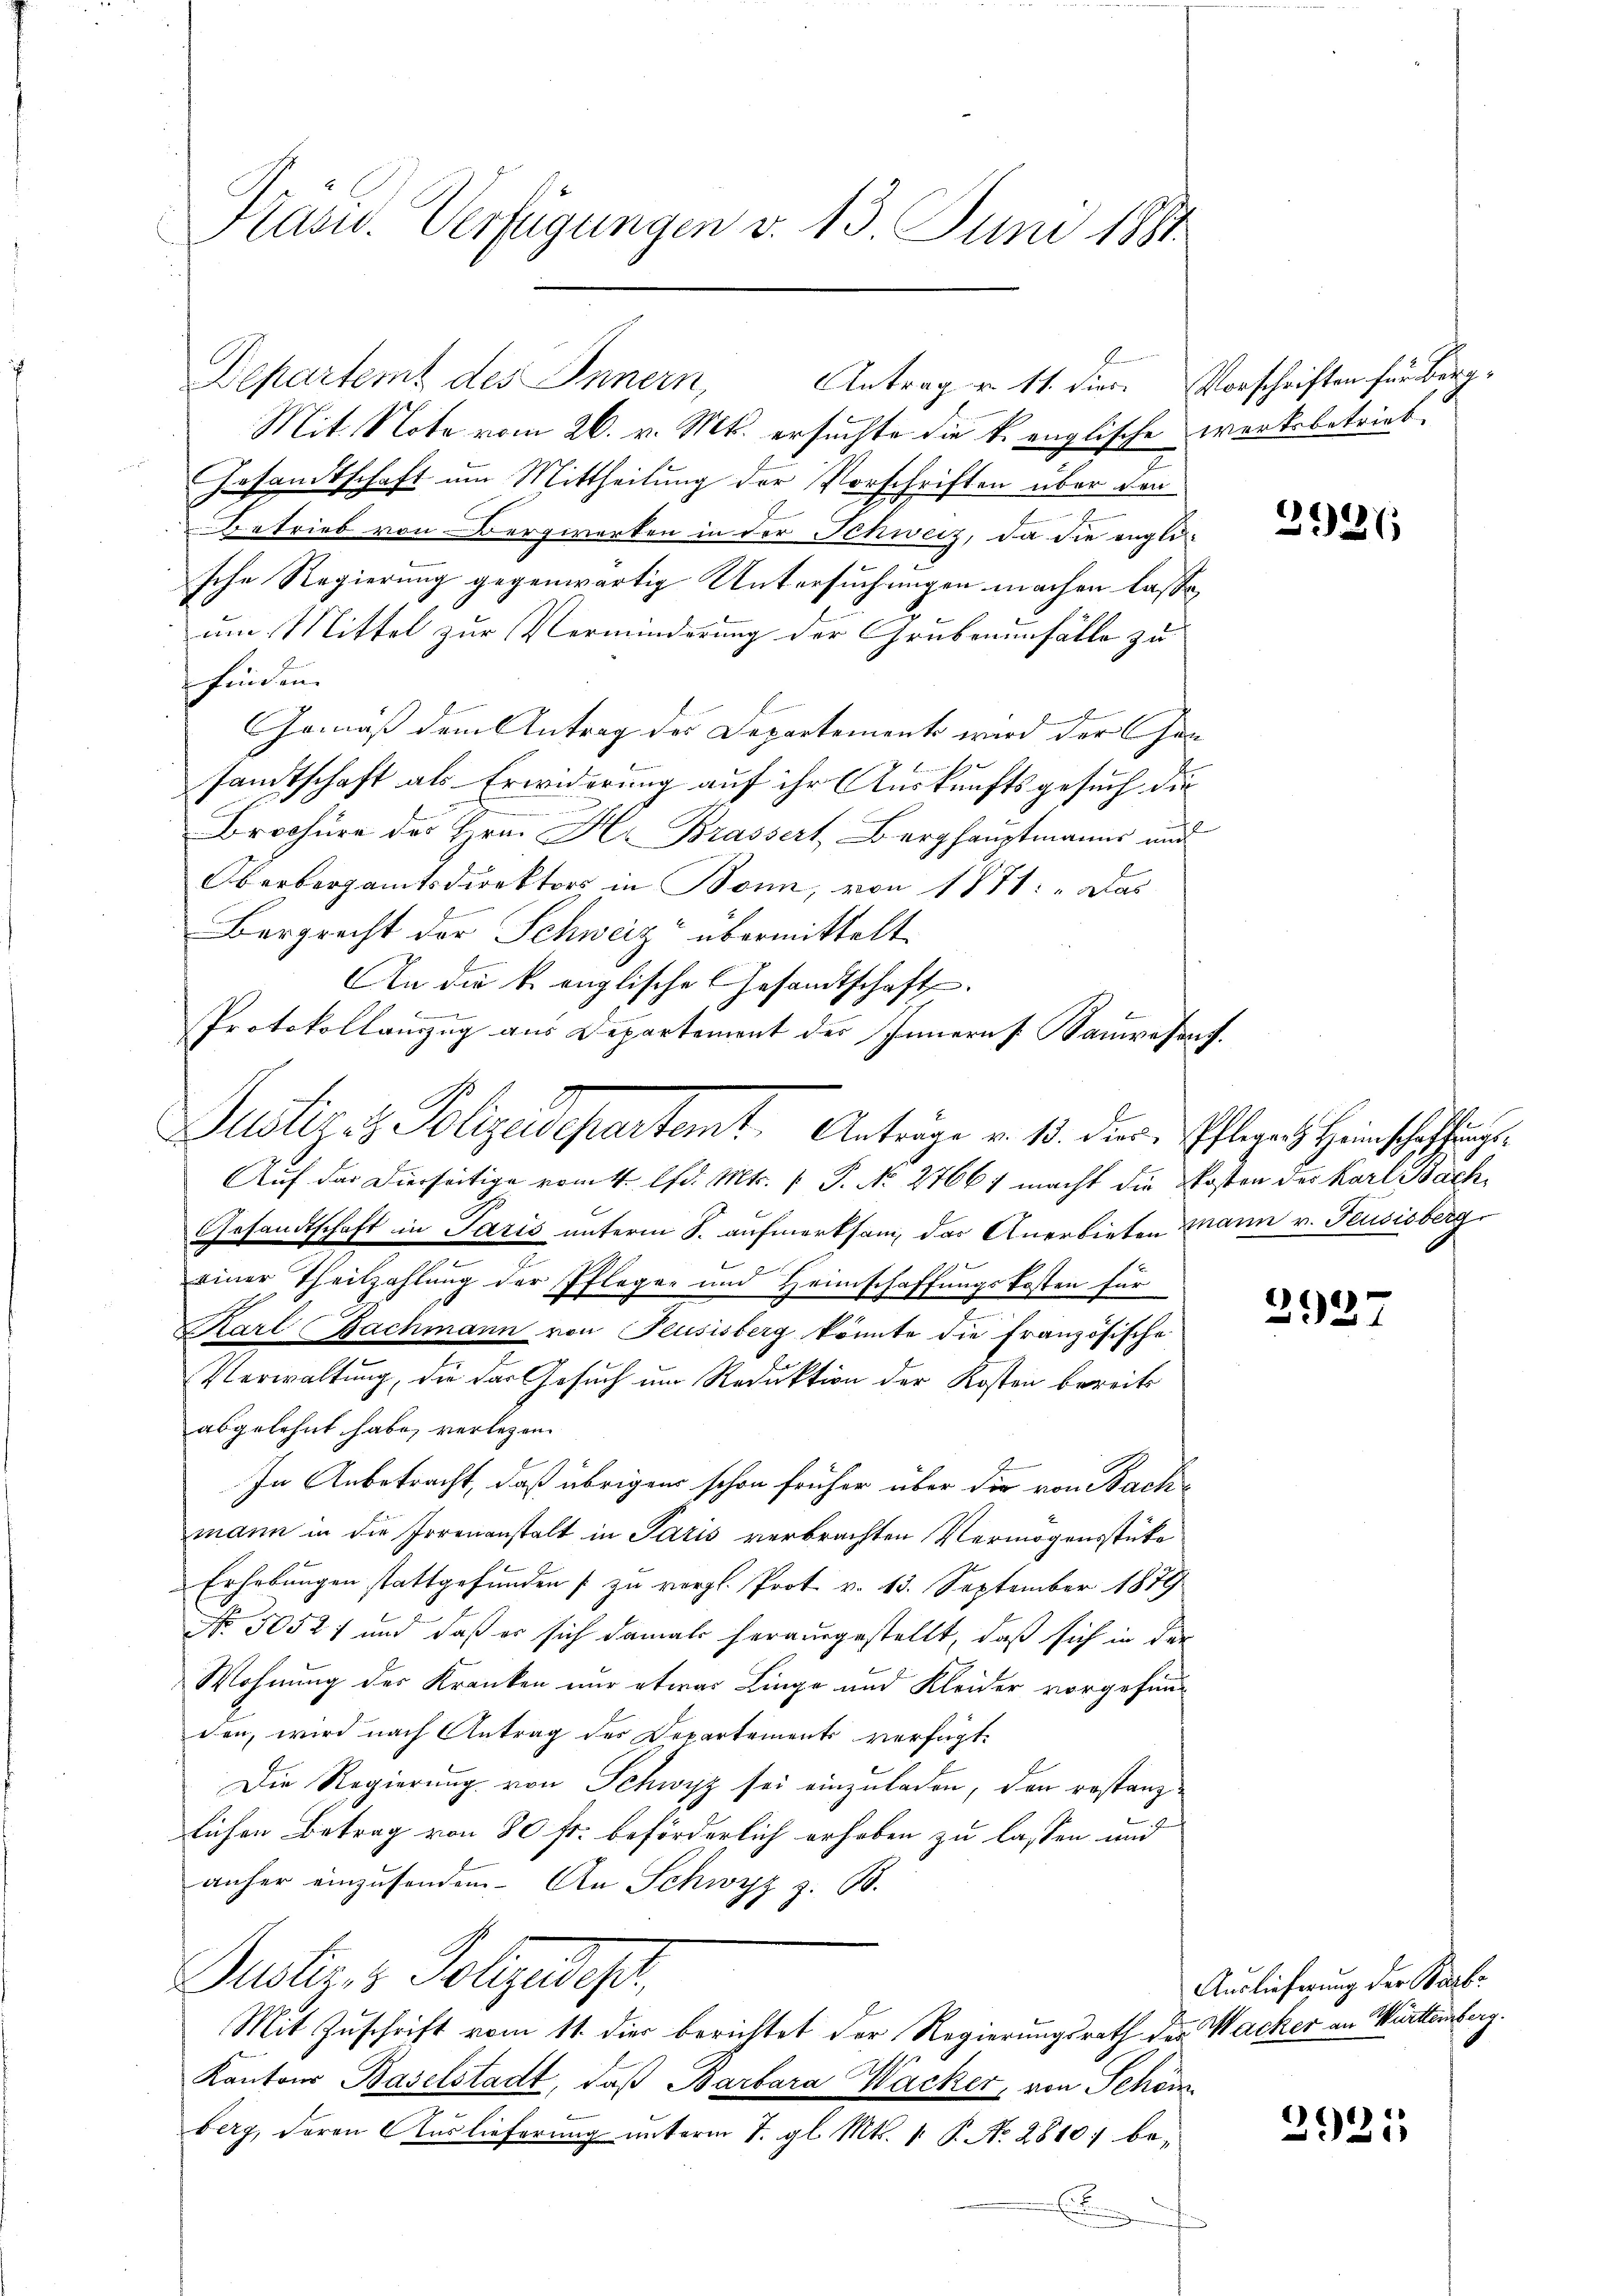
Präsid. Verfügungen d. 13. Juni 1881

Departemt des Innern,
Mit Note vom 26. v. Mts. ersuchte die k. englische werksbetrieb.
Gesandtschaft um Mittheilung der Vorschriften über den
Betrieb von Bergwerken in der Schweiz, da die englische Regierung gegenwärtig Untersuchungen machen lasse,
um Mittel zur Verminderung der Grubenunfälle zu
finden. |
Gemäß dem Antrag des Departements wird der Gen
sandtschaft als Erwiderung auf ihr Auskunftsgesuch die
Brochüre des Hrn. H. Brassert Berghauptmanns und
Oberbergamtsdirektors in Bonn, von 1871: „Das
Bergrecht der Schweiz übermittelt
An die k. englische Gesandtschaft.
s
Protokollauszug aus Departement des Innern [Sanwesent.
Auf der Dierseitige vom 4. d. Mts. 1. P. Nr. 27661 macht die Kosten des Karl Bach¬
Gesandtschaft in Paris unterm 8. aufmerksam, das Anerbieten mann v. Feusisberg

einer Theilzahlung der Pflegen und Heimschaffungskosten für
Karl Bachmann von Feusisberg könnte die Französische
Verwaltung, die das Gesuch um Reduktion der Kosten bereits
abgelehnt habe, verlegen
In Anbetracht, daß übrigen schon früher über die von Bachmann in die Irrenanstalt in Paris verbrachten Vermögensstücke
Erhebungen stattgefunden zu vergl. Prot. v. 13. September 1879
No. 50527 und daß er sich damals herausgestellt, daß sich in der
Wohnung der Kranken nur etwas Linge und Kleider vorgefunden, wird nach Antrag des Departements verfügt:
Die Regierung von Schwyz sei einzuladen, den restanzlichen Betrag von 80 fr. beförderlich erhaben zu lassen und
anher einzusenden. An Schwyz z. B.
Justiz & Polizudes,
Mit Zuschrift vom 11. die berichtet der Regierungsrath der Wacker an Würtemberg
Kantons Baselstadt, daß Barbara Wacker, von Schön
berg, deren Auslieferung unterm 7. gl. Mts. 1. P. No. 2810 bee

Antrag u. 11. dier. Vorschriften für Berg¬

Justiz & Polizeidepartamt Anträge v. 13. dere Pflegen Heinschaffung

3921

2927

Auslieferung der Staab¬

3921,